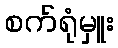
စက်ရုံမှူး